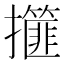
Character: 𢸿